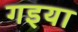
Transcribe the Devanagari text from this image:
गइया